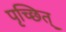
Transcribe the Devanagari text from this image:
पृच्छित्